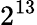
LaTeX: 2^{13}